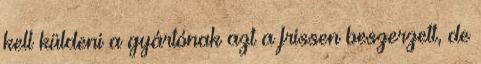
kell küldeni a gyártónak azt a frissen beszerzett, de